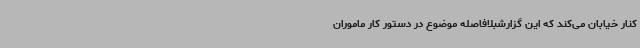
کنار خیابان می‌کند که این گزارشبلافاصله موضوع در دستور کار ماموران